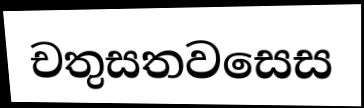
චතුසතවසෙස